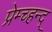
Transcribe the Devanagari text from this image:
प्रेम्च्हन्द्